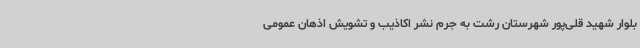
بلوار شهید قلی‌پور شهرستان رشت به جرم نشر اکاذیب و تشویش اذهان عمومی